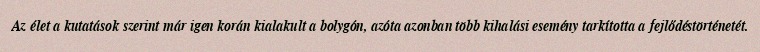
Az élet a kutatások szerint már igen korán kialakult a bolygón, azóta azonban több kihalási esemény tarkította a fejlődéstörténetét.